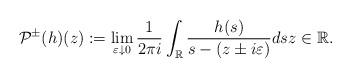
LaTeX: \begin{align*}\mathcal{P}^{\pm}(h)(z):=\lim _{\varepsilon \downarrow 0} \frac{1}{2 \pi i} \int_{\mathbb{R}} \frac{h(s)}{s-(z \pm i\varepsilon)} d s z \in\mathbb{R}.\end{align*}